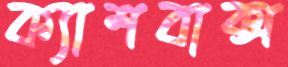
ক্যাশবাক্স